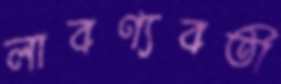
লাবণ্যবতী